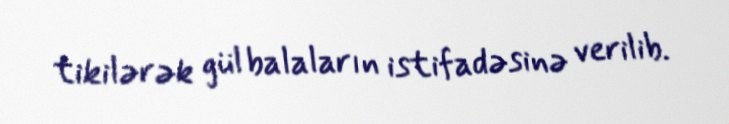
tikilərək gül balaların istifadəsinə verilib.